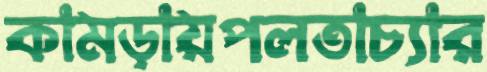
কামড়ায়পলতাচ্যার